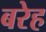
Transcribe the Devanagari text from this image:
बरेह